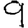
Digit: 9